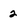
Character: 2